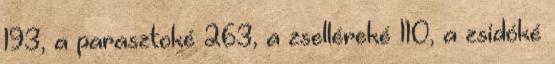
193, a parasztoké 263, a zselléreké 110, a zsidóké